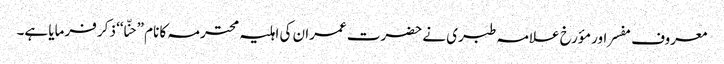
معروف مفسر اور مؤرخ علامہ طبری نے حضرت عمران کی اہلیہ محترمہ کا نام ”حنّا‘‘ ذکر فرمایا ہے۔